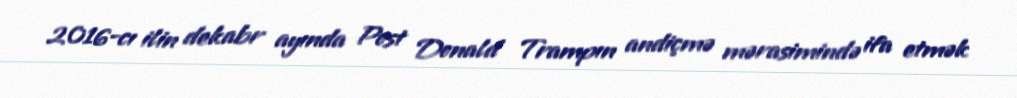
2016-cı ilin dekabr ayında Post Donald Trampın andiçmə mərasimində ifa etmək